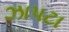
ઝાપટા